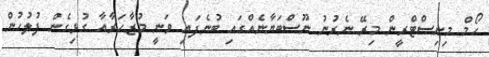
ހޯމް މިނިސްޓްރީން މިރޭ ނެރުނު ނޫސްބަޔާނެއްގައި ބުނެފައި ވަނީ މުޒާހަރާއާ ގުޅިގެން ފުލުހުން